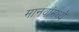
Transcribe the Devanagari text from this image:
मानवांमध्ये